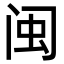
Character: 闽